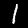
Digit: 1